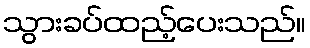
သွားခပ်ထည့်ပေးသည်။